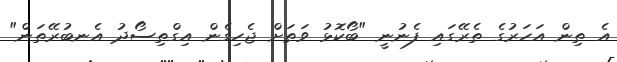
އެ ތިން އަހަރުގެ ތެރޭގައި ފެނުނީ "ބޯކޮޅު ވަތަށް ޖެހިގެން އިގްތިސޯދު އެނބުރޭތަން"